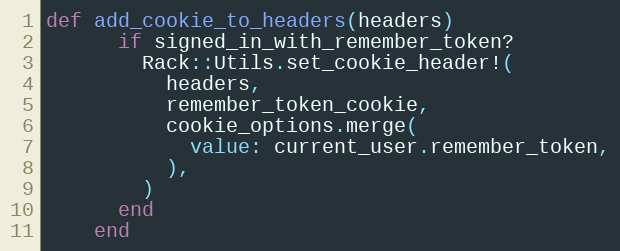
Language: Ruby
def add_cookie_to_headers(headers)
      if signed_in_with_remember_token?
        Rack::Utils.set_cookie_header!(
          headers,
          remember_token_cookie,
          cookie_options.merge(
            value: current_user.remember_token,
          ),
        )
      end
    end